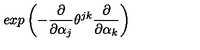
e x p \left( - \frac { \partial } { \partial \alpha _ { j } } \theta ^ { j k } \frac { \partial } { \partial \alpha _ { k } } \right)